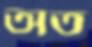
অত